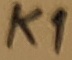
Text: K1